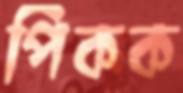
পিকক